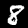
Label: 8